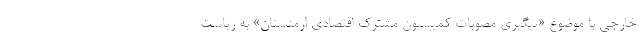
خارجی با موضوع «پیگیری مصوبات کمیسیون مشترک اقتصادی ارمنستان» به ریاست